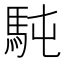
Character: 𩢀